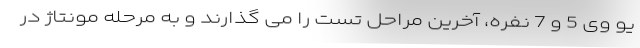
یو وی 5 و 7 نفره، آخرین مراحل تست را می گذارند و به مرحله مونتاژ در